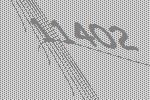
11402